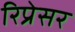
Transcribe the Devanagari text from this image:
रिप्रेसर